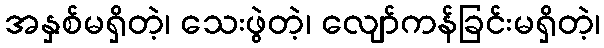
အနှစ်မရှိတဲ့၊ သေးဖွဲတဲ့၊ လျော်ကန်ခြင်းမရှိတဲ့၊